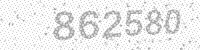
Solution: 862580